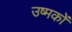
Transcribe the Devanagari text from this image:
उष्मकों